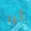
ثيا